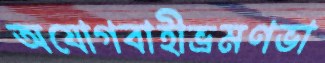
অযোগবাহীভ্রমণভা